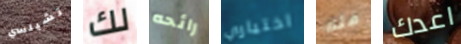
تشيلسي لك رائحه اختياري قله اعدك